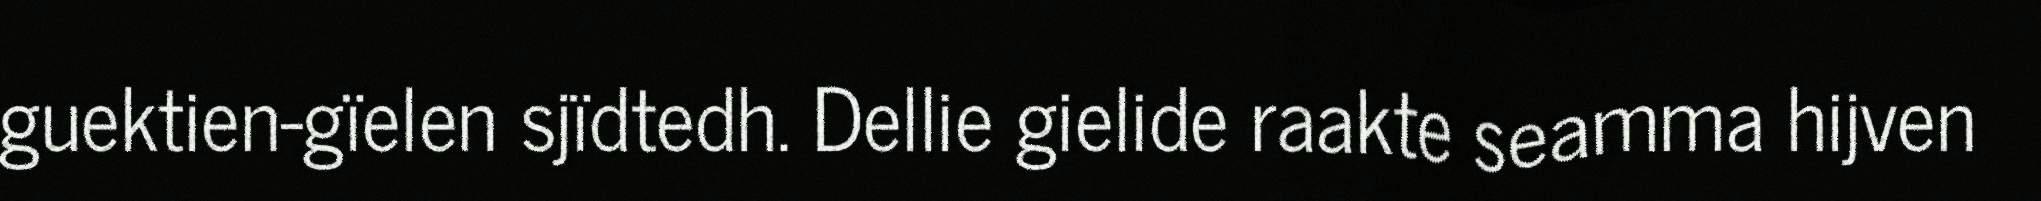
guektien-gïelen sjïdtedh. Dellie gielide raakte seamma hijven